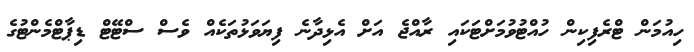
ހިއުމަން ޓްރެފިކިން ހުއްޓުވުމަށްޓަކައި ރާއްޖެ އަށް އެޅިދާނެ ފިޔަވަޅުތަކެއް ވެސް ސްޓޭޓް ޑިޕާޓްމެންޓުގެ